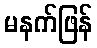
မနက်ဖြန်